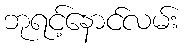
ဘုရင့်နောင်လမ်း